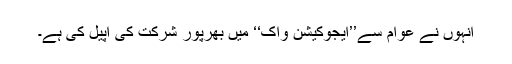
انہوں نے عوام سے’’ایجوکیشن واک‘‘ میں بھرپور شرکت کی اپیل کی ہے۔